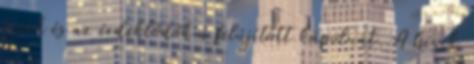
hívek és az érdeklődők a felújított kápolnát. A hívek